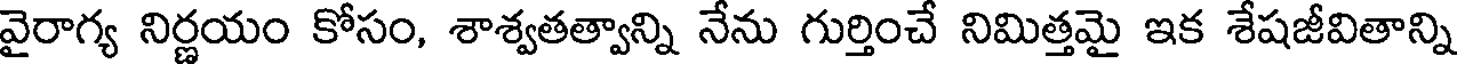
వైరాగ్య నిర్ణయం కోసం, శాశ్వతత్వాన్ని నేను గుర్తించే నిమిత్తమై ఇక శేషజీవితాన్ని